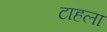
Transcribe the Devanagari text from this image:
टाहला